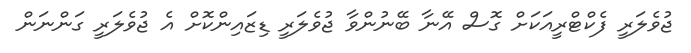
ޖުވެލަރީ ފެކްޓްރީއަކަށް ގޮސް އޭނާ ބޭނުންވާ ޖުވެލަރީ ޑިޒައިންކޮށް އެ ޖުވެލަރީ ގަންނަން